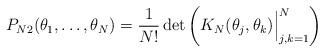
LaTeX: \begin{align*}P_{N 2}(\theta_1,\ldots,\theta_N)={1\over N!}\det\left( K_N(\theta_j,\theta_k)\Bigr\vert_{j,k=1}^N\right)\end{align*}